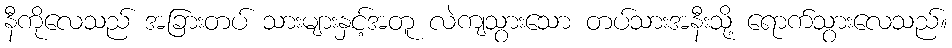
နီကိုလေသည် အခြားတပ် သားများနှင့်အတူ လဲကျသွားသော တပ်သားအနီးသို့ ရောက်သွားလေသည်။